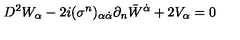
D ^ { 2 } W _ { \alpha } - 2 i ( \sigma ^ { n } ) _ { \alpha \dot { \alpha } } \partial _ { n } { \bar { W } } ^ { \dot { \alpha } } + 2 V _ { \alpha } = 0